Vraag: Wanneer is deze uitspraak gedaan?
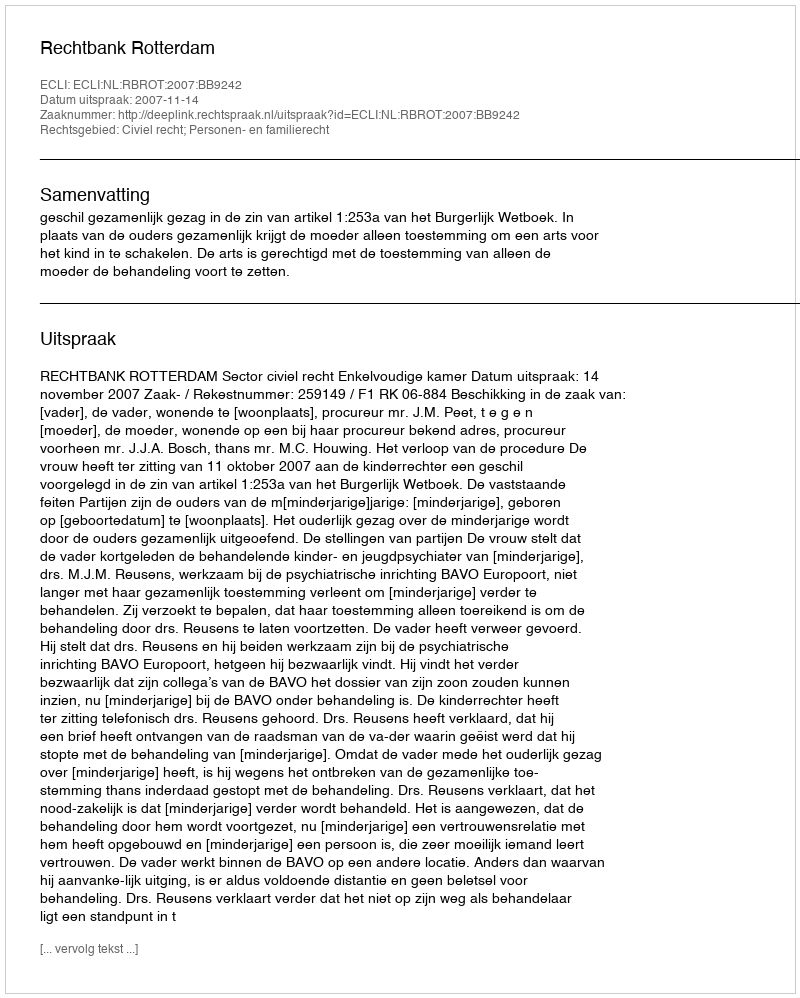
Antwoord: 2007-11-14